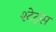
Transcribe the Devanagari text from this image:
श्टेट्स